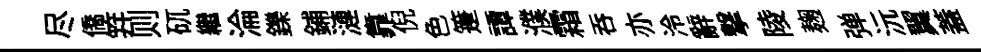
尽僑笄则矹繼淪鑠鋪漣靠倪色箑譚濮霜呑亦泠辭撃陵麹弹沅翼蓋